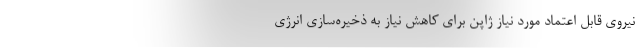
نیروی قابل اعتماد مورد نیاز ژاپن برای کاهش نیاز به ذخیره‌سازی انرژی